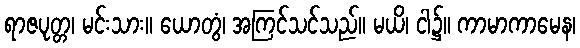
ရာဇပုတ္တ၊ မင်းသား။ ယောတွံ၊ အကြင်သင်သည်။ မယိ၊ ငါ၌။ ကာမာကာမေန၊